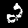
Digit: 2